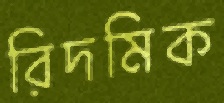
রিদমিক